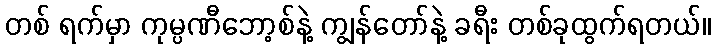
တစ် ရက်မှာ ကုမ္ပဏီဘော့စ်နဲ့ ကျွန်တော်နဲ့ ခရီး တစ်ခုထွက်ရတယ်။